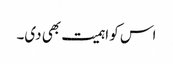
اس کو اہمیت بھی دی۔